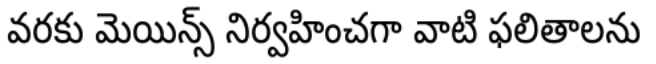
వరకు మెయిన్స్ నిర్వహించగా వాటి ఫలితాలను